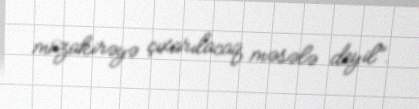
müzakirəyə çıxarılacaq məsələ deyil”.